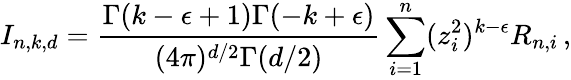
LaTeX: I_{n,k,d}=\frac{\Gamma(k-\epsilon+1)\Gamma(-k+\epsilon)}{(4\pi)^{d/2}\Gamma(d/2)}\sum_{i=1}^{n}(z_{i}^{2})^{k-\epsilon}R_{n,i}\, ,